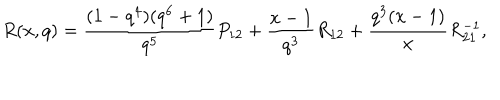
R ( x , q ) = \frac { ( 1 - q ^ { 4 } ) ( q ^ { 6 } + 1 ) } { q ^ { 5 } } P _ { 1 2 } + \frac { x - 1 } { q ^ { 3 } } R _ { 1 2 } + \frac { q ^ { 3 } ( x - 1 ) } { x } R _ { 2 1 } ^ { - 1 } ,